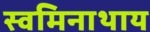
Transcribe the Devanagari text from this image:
स्वमिनाथाय